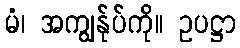
မံ၊ အကျွန်ုပ်ကို။ ဥပဋ္ဌာ